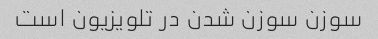
سوزن سوزن شدن در تلویزیون است